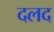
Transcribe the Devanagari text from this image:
दलद